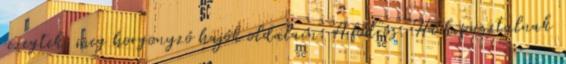
rezegtek. meg horgonyzó hajók oldalain. A fodros. Ha kipusztulnak